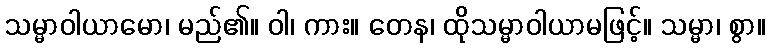
သမ္မာဝါယာမော၊ မည်၏။ ဝါ၊ ကား။ တေန၊ ထိုသမ္မာဝါယာမဖြင့်။ သမ္မာ၊ စွာ။